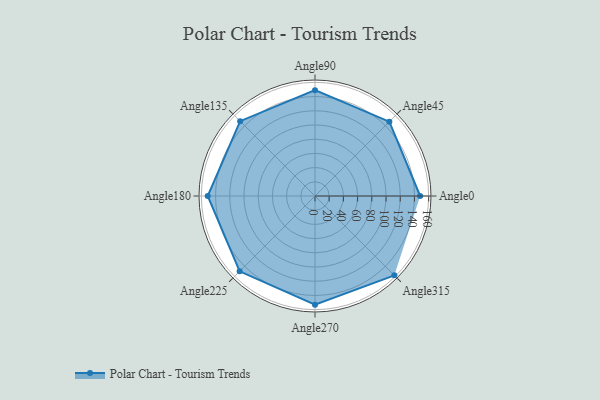
{"axis": {"x": "Angle", "y": "Radius"}, "legend": [""], "data": [{"x": "Angle0", "y": 148.0, "type": ""}, {"x": "Angle45", "y": 148.0, "type": ""}, {"x": "Angle90", "y": 149.0, "type": ""}, {"x": "Angle135", "y": 149.0, "type": ""}, {"x": "Angle180", "y": 151.0, "type": ""}, {"x": "Angle225", "y": 150.0, "type": ""}, {"x": "Angle270", "y": 153.0, "type": ""}, {"x": "Angle315", "y": 158.0, "type": ""}]}